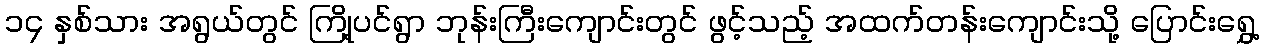
၁၄ နှစ်သား အရွယ်တွင် ကြို့ပင်ရွာ ဘုန်းကြီးကျောင်းတွင် ဖွင့်သည့် အထက်တန်းကျောင်းသို့ ပြောင်းရွှေ့